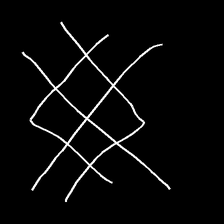
Glyph: crystal